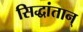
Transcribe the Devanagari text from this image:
सिद्धांतान्